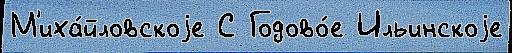
М'иха́йловскоjе С Годово́е Ильинскоjе